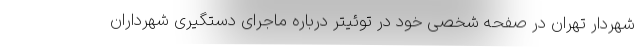
شهردار تهران در صفحه شخصی خود در توئیتر درباره ماجرای دستگیری شهرداران